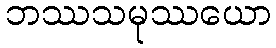
ဘဿသမုဿယော